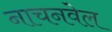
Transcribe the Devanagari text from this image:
नाचनवेल